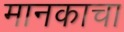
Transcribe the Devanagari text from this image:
मानकाचा